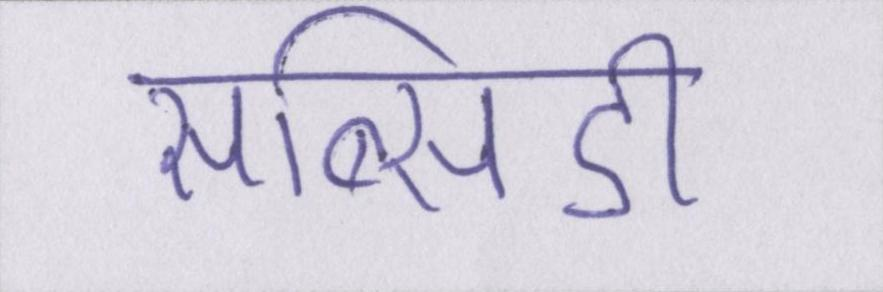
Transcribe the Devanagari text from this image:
सब्सिडी